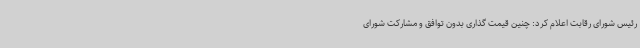
رئیس شورای رقابت اعلام کرد: چنین قیمت گذاری بدون توافق و مشارکت شورای